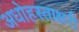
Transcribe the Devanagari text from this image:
अधोहस्ताक्षरी